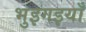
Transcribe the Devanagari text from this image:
भुइगइयाँ